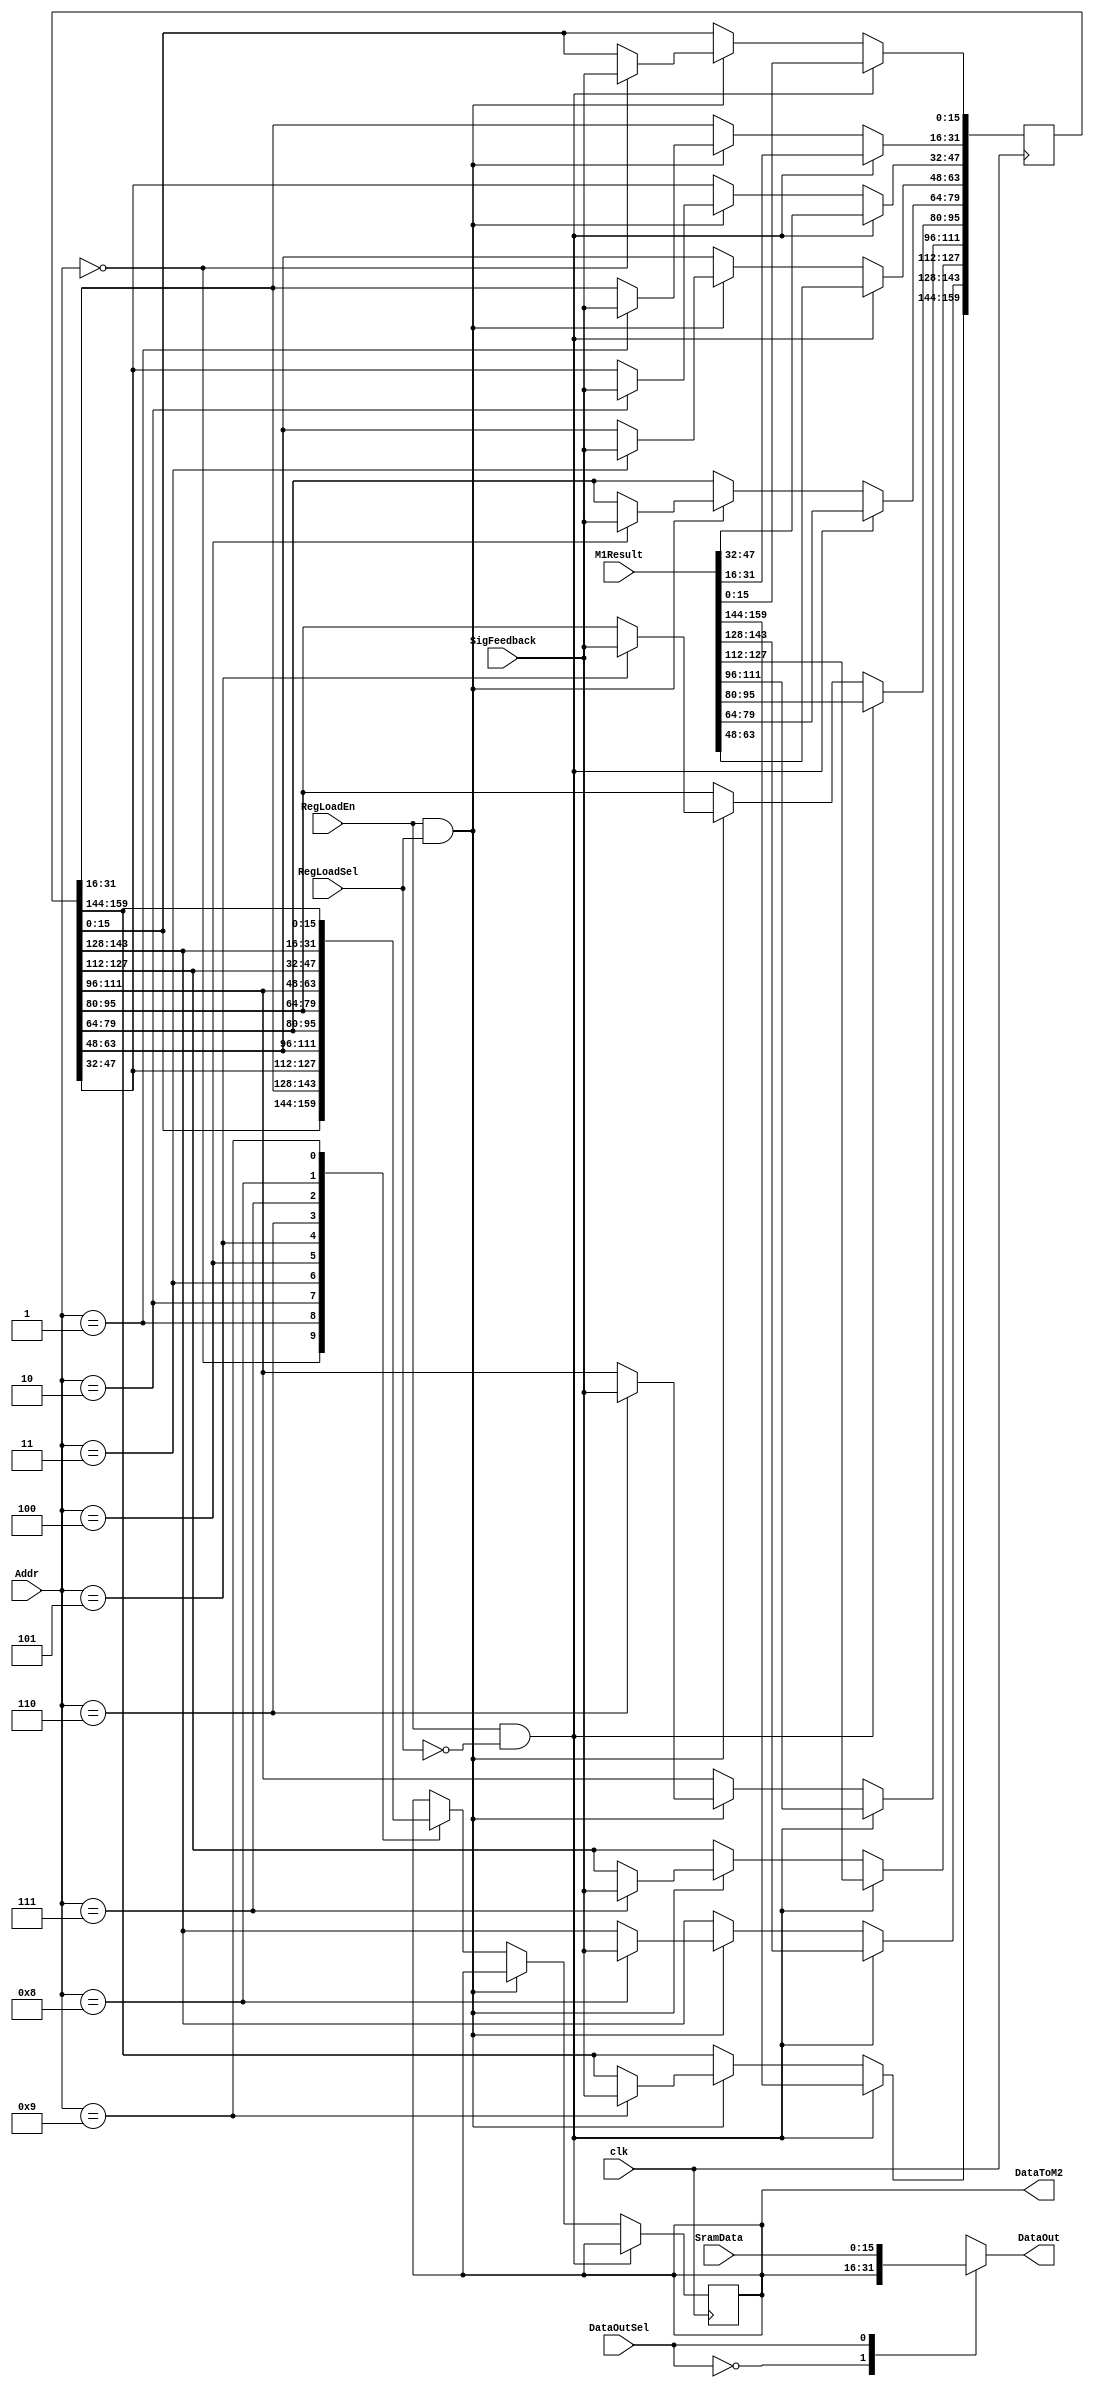
module RouteData(clk, M1Result, SigFeedback, SramData, RegLoadEn, RegLoadSel, Addr, DataOutSel, DataOut, DataToM2);

input clk, RegLoadEn, RegLoadSel, DataOutSel;
input [159:0] M1Result;
input [15:0] SigFeedback;
input [3:0] Addr;
input [15:0] SramData;
output reg [15:0] DataOut;
output reg [15:0]  DataToM2;

reg [159:0] regData;


always @ (posedge clk)
begin
   if(RegLoadEn == 1 && RegLoadSel == 0) begin
     regData[15:0] <= M1Result[15:0];
     regData[31:16] <= M1Result[31:16];
     regData[47:32] <= M1Result[47:32];
     regData[63:48] <= M1Result[63:48];
     regData[79:64] <= M1Result[79:64];
     regData[95:80] <= M1Result[95:80];
     regData[111:96] <= M1Result[111:96];
     regData[127:112] <= M1Result[127:112];
     regData[143:128] <= M1Result[143:128];
     regData[159:144] <= M1Result[159:144];      
   end
   else if(RegLoadEn == 1 && RegLoadSel == 1) begin
     //load regData based on address
      case(Addr)
      4'b0000: begin regData[15:0] <= SigFeedback; end
      4'b0001: begin regData[31:16] <= SigFeedback; end
      4'b0010: begin regData[47:32] <= SigFeedback; end
      4'b0011: begin regData[63:48] <= SigFeedback; end
      4'b0100: begin regData[79:64] <= SigFeedback; end
      4'b0101: begin regData[95:80] <= SigFeedback; end
      4'b0110: begin regData[111:96] <= SigFeedback; end
      4'b0111: begin regData[127:112] <= SigFeedback; end
      4'b1000: begin regData[143:128] <= SigFeedback; end
      4'b1001: begin regData[159:144] <= SigFeedback; end
      endcase
   end
   else begin //if(RegLoadEn == 0) /*&& OutSel == 0*/) begin
     //output to LUT based on address
      case(Addr)
      4'b0000: begin DataToM2 <= regData[15:0]; end
      4'b0001: begin DataToM2 <= regData[31:16]; end
      4'b0010: begin DataToM2 <= regData[47:32]; end
      4'b0011: begin DataToM2 <= regData[63:48]; end
      4'b0100: begin DataToM2 <= regData[79:64]; end
      4'b0101: begin DataToM2 <= regData[95:80]; end
      4'b0110: begin DataToM2 <= regData[111:96]; end
      4'b0111: begin DataToM2 <= regData[127:112]; end
      4'b1000: begin DataToM2 <= regData[143:128]; end
      4'b1001: begin DataToM2 <= regData[159:144]; end
      endcase
   end
end

always @ (SramData, DataOutSel, DataToM2)
begin
   case(DataOutSel)
   1'b0: begin //selecting data from Intermediate Reg to LUT
         DataOut = DataToM2;
         end
   1'b1: begin //selecting data from GSRAM to LUT
         DataOut = SramData;
         end
   endcase
end
endmodule